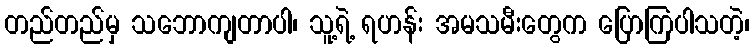
တည်တည်မှ သဘောကျတာပါ၊ သူ့ရဲ့ ရဟန်း အမသမီးတွေက ပြောကြပါသတဲ့၊